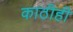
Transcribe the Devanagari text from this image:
काठीही